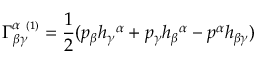
\Gamma _ { \beta \gamma } ^ { \alpha \ { \scriptscriptstyle ( 1 ) } } = \frac { 1 } { 2 } ( p _ { \beta } h _ { \gamma } { } ^ { \alpha } + p _ { \gamma } h _ { \beta } { } ^ { \alpha } - p ^ { \alpha } h _ { \beta \gamma } )